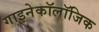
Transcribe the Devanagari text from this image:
गाइनेकॉलॉजिक